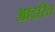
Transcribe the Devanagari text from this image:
आदरित